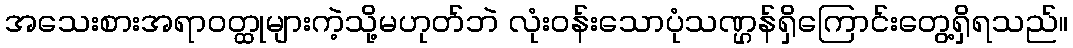
အသေးစားအရာဝတ္ထုများကဲ့သို့မဟုတ်ဘဲ လုံးဝန်းသောပုံသဏ္ဌန်ရှိကြောင်းတွေ့ရှိရသည်။